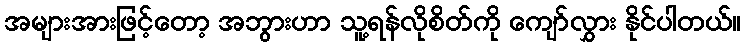
အများအားဖြင့်တော့ အဘွားဟာ သူ့ရန်လိုစိတ်ကို ကျော်လွှား နိုင်ပါတယ်။